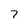
Character: 7